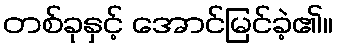
တစ်ခုနှင့် အောင်မြင်ခဲ့၏။